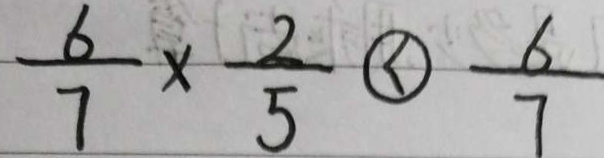
\frac { 6 } { 7 } \times \frac { 2 } { 5 } \textcircled { < } \frac { 6 } { 7 }